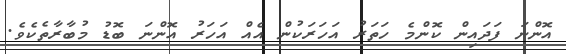
އޮންނަ ފަދައިން ކޮންމެ ހަތަރު އަހަރަކުން އެއް އަހަރު އޮންނަ ބޮޑު މުބާރާތެކެވެ.